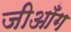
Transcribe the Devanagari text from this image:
जीआँग